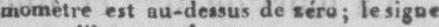
momètre est au-dessus de zéro; le signe